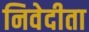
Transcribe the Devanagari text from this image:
निवेदीता